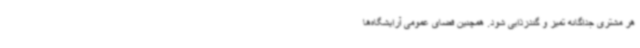
هر مشتری جداگانه تمیز و گندزذایی شود. همچنین فضای عمومی آرایشگاه‌ها